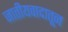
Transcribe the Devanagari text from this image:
जातीयवादातून